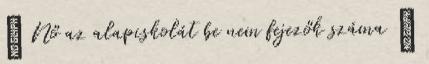
 Nő az alapiskolát be nem fejezők száma 